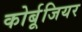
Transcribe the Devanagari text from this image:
कोर्बूजियर